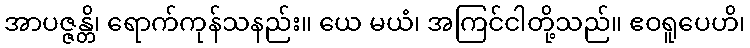
အာပဇ္ဇန္တိ၊ ရောက်ကုန်သနည်း။ ယေ မယံ၊ အကြင်ငါတို့သည်။ ဧဝရူပေဟိ၊